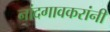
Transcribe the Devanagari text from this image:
नांदगावकरांनी